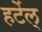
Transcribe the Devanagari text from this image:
हर्टेल्